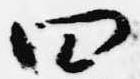
四